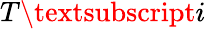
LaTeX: T\textsubscript{i}